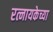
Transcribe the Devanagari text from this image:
रत्नायकेच्या